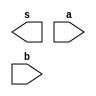
 // ------------------------- 
// Exemplo0031 - F4 
// Nome: Lucas Cardoso 
// ------------------------- 
// ------------------------- 
// f4_gate 
// ------------------------- 
module f4 (output [3:0] s, 
input [3:0] a, 
input [3:0] b); 
// descrever por portas 
endmodule // f4 
module test_f4; 
// ------------------------- definir dados 
reg [3:0] x; 
reg [3:0] y; 
wire [3:0] z; 
f4 modulo (z, x, y); 
// ------------------------- parte principal 
initial begin 
$display("Exemplo0031 - Lucas Cardoso - 441694"); 
$display("Test LU's module"); 
x = 4'b0011; y = 4'b0101; 
// projetar testes do modulo 
#1 $display("%3b %3b %3b",x,y,z); 
end 
endmodule // test_f4